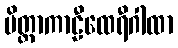
မိတ္တာကာဠီထေရီဂါထာ